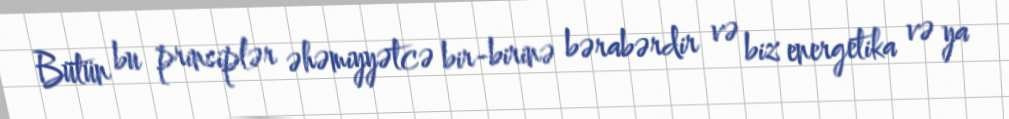
Bütün bu prinsiplər əhəmiyyətcə bir-birinə bərabərdir və biz energetika və ya